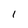
Character: 1